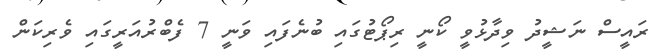
ރައީސް ނަޝީދު ވިދާޅުވީ ކޯނީ ރިޕޯޓުގައި ބުނެފައި ވަނީ 7 ފެބްރުއަރީގައި ވެރިކަން